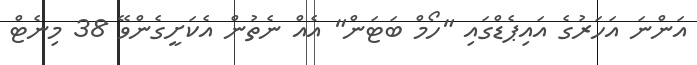
އަންނަ އަހަރުގެ އައިޕެޑްގައި "ހޯމް ބަޓަން" އެއް ނެތުން އެކަށީގެންވޭ 38 މިނެޓް